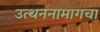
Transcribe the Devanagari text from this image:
उत्थननामागचा